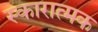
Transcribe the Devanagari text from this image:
स्कारात्मक